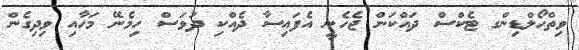
ވިތްހޯލްޑިންގ ޓެކްސް ދައްކަން ޖެހެނީ އެފައިސާ ދެއްކި ދުވަސް ހިމެނޭ މަހާއި ވިދިގެން